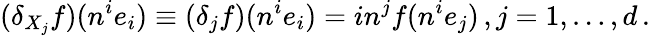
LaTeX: (\delta_{X_{j}}f)(n^{i}e_{i})\equiv(\delta_{j}f)(n^{i}e_{i})=in^{j}f(n^{i}e_{j})\, ,j=1,\dots,d\, .